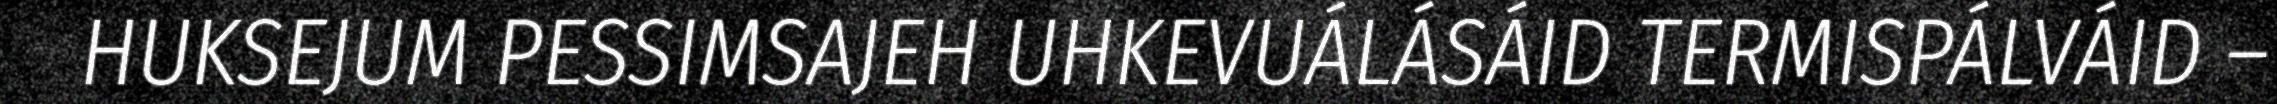
HUKSEJUM PESSIMSAJEH UHKEVUÁLÁSÁID TERMISPÁLVÁID –